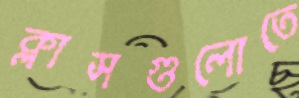
ক্লাসগুলোতে